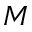
M